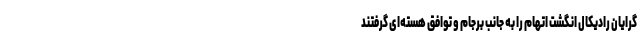
‌گرایان رادیکال انگشت اتهام را به جانب برجام و توافق هسته‌ای گرفتند